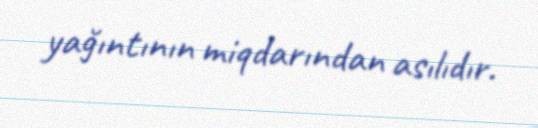
yağıntının miqdarından asılıdır.